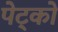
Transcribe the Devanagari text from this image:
पेट्को